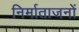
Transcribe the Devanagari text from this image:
निर्माताजनों